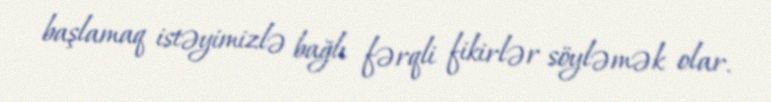
başlamaq istəyimizlə bağlı fərqli fikirlər söyləmək olar.